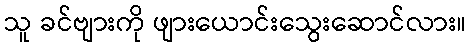
သူ ခင်ဗျားကို ဖျားယောင်းသွေးဆောင်လား။